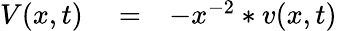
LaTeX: \begin{array}{rlr}{V(x,t)}&{{}=}&{-x^{-2}*v(x,t)}\end{array}